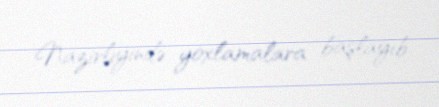
Nazirliyində yoxlamalara başlayıb.